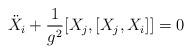
LaTeX: \begin{align*} \ddot{X}_i+\frac{1}{g^2}[X_j,[X_j,X_i]]=0\end{align*}